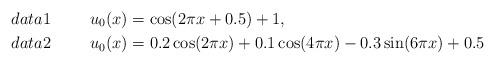
LaTeX: \begin{align*}& data 1 \hskip 1cm u_0(x) = \cos (2\pi x + 0.5) + 1, \\& data 2 \hskip 1cm u_0(x) = 0.2 \cos (2\pi x) + 0.1\cos (4\pi x) -0.3 \sin (6\pi x) + 0.5 \end{align*}